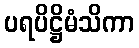
ပရပိဋ္ဌိမံသိကာ